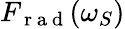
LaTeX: F_{\mathrm{~r~a~d~}}(\omega_{S})